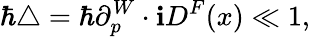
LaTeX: \hbar\triangle=\hbar\partial_{p}^{W}\cdot\mathbf{i}D^{F}(x)\ll1,